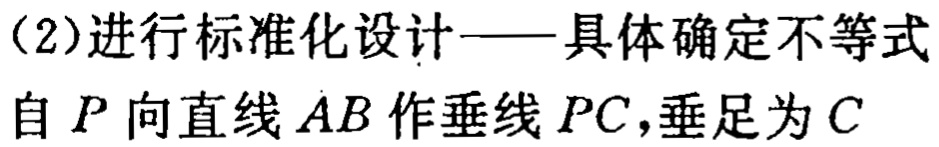
(2)进行标准化设计——具体确定不等式

自 \(P\) 向直线 \(AB\) 作垂线 \(PC\)，垂足为 \(C\)